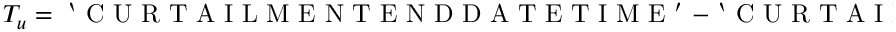
T _ { u } = \mathrm { ~ ` ~ C ~ U ~ R ~ T ~ A ~ I ~ L ~ M ~ E ~ N ~ T ~ E ~ N ~ D ~ D ~ A ~ T ~ E ~ T ~ I ~ M ~ E ~ ' ~ } - \mathrm { ~ ` ~ C ~ U ~ R ~ T ~ A ~ I ~ L ~ M ~ E ~ N ~ T ~ S ~ T ~ A ~ R ~ T ~ D ~ A ~ T ~ E ~ T ~ I ~ M ~ E ~ ' ~ }